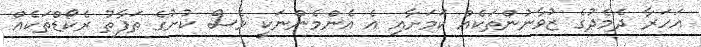
އަހަރާ ދެމެދުގެ ޒުވާނުންތަކެއް ކަމަށާއި އެ އެންމެންނަކީ ވެސް ކުށުގެ ތަފާތު ރެކޯޑްތަކެއް